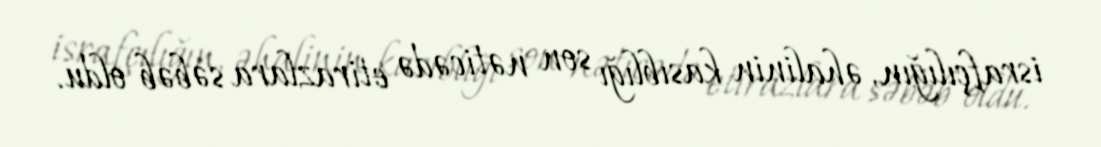
israfçılığın, əhalinin kasıblığı son nəticədə etirazlara səbəb oldu.